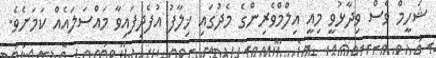
ޝަހީމް ވެސް ވިދާޅުވީ މިއީ އިލްމްވެރިންގެ މެދުގައި ޚިލާފު އުފެދިފައިވާ މައްސަލައެއް ކަމަށެވެ.